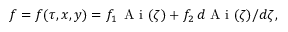
f = f ( \tau , x , y ) = f _ { 1 } \, \mathrm { ~ A ~ i ~ } ( \zeta ) + f _ { 2 } \, d \mathrm { ~ A ~ i ~ } ( \zeta ) / d \zeta ,